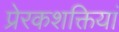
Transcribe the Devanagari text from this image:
प्रेरकशक्तियां